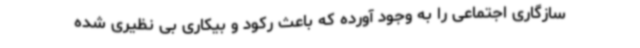
سازگاری اجتماعی را به وجود آورده که باعث رکود و بیکاری بی نظیری شده